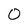
Character: 0